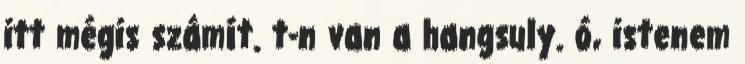
itt mégis számít. t-n van a hangsuly. ó, istenem